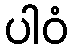
ပါဝံ